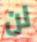
لن